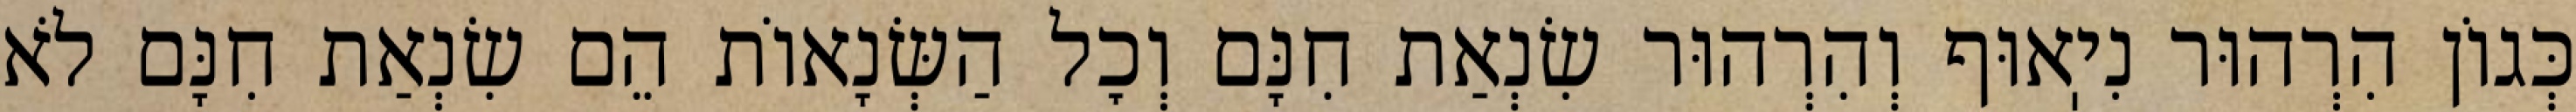
כְּגוֹן הִרְהוּר נִיֽאוּף וְהִרְהוּר שִׂנְאַת חִנָּם וְכׇל הַשְּׂנָאוֹת הֵם שִׂנְאַת חִנָּם לֹא